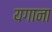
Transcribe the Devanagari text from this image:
यगाना